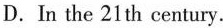
D.In the 21h century.